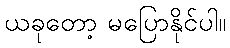
ယခုတော့ မပြောနိုင်ပါ။